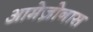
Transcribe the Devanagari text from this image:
आमेज़ोनास